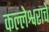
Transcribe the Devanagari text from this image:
कल्लेश्वराचे